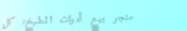
متجر بيع أدوات المطبخ: كل